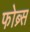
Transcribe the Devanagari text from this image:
फोब्र्स